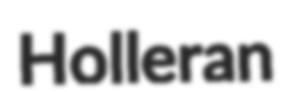
Holleran